Medical and sanitary report of the native army of Madras for the year
Year: 1872
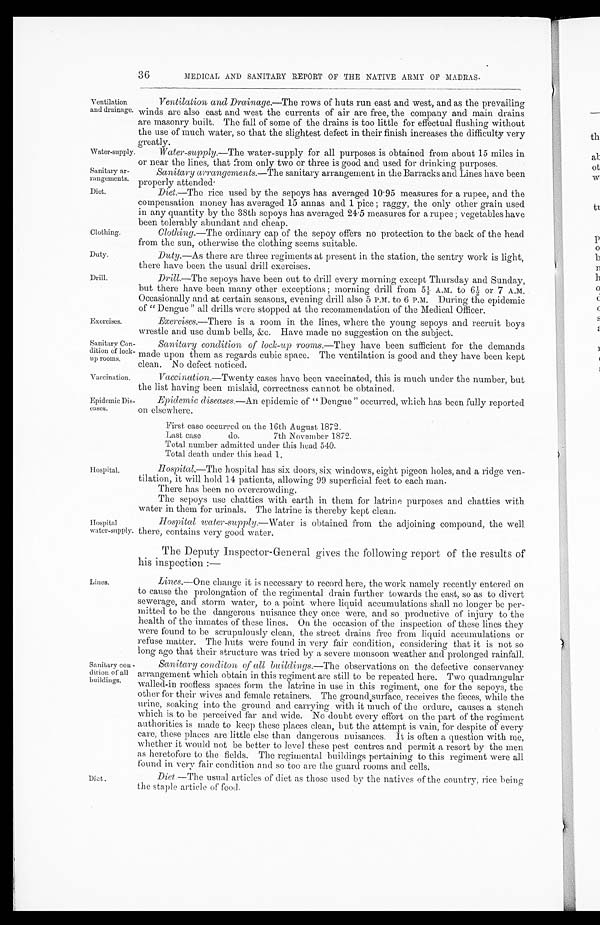
Water-supply.
Sanitary ar
-rangements.
Diet.
Clothing.
Duty.
Drill.
MEDICAL AND SANITARY REPORT OF THE NATIVE ARMY OF MADRAS.
Ventilation
and drainage.
Ventilation and Drainage .—The rows of huts run east and west, and as the prevailing
winds are also east and west the currents of air are free, the company and main drains
are masonry built. The fall of some of the drains is too little for effectual flushing without
the use of much water, so that the slightest defect in their finish increases the difficulty very
greatly.
Water-supply .—The water-supply for all purposes is obtained from about 15 miles in
or near the lines, that from only two or three is good and used for drinking purposes.
Sanitary arrangements .—The sanitary arrangement in the Barracks and Lines have been
Properly attended.
Diet.—The rice used by the sepoys has averaged 10.95 measures for a rupee, and the
compensation money has averaged 15 annas and 1 pice ; raggy, the only other grain used
in any quantity by the 38th sepoys has averaged 24.5 measures for a rupee ; vegetables have
been tolerably abundant and cheap.
Exercises.
Clothing .—The ordinary cap of the sepoy offers no protection to the back of the head
from the sun, otherwise the clothing seems suitable.
Duty .—As there are three regiments at present in the station, the sentry work is light,
there have been the usual drill exercises.
Drill.—The sepoys have been out to drill every morning except Thursday and Sunday,
but there have been many other exceptions; morning drill from 5½ A.M. to 6½ or 7 A.M.
Occasionally and at certain seasons, evening drill also 5 P.M. to 6 P.M. During the epidemic
of "Dengue" all drills were stopped at the recommendation of the Medical Officer.
Exercises .—There is a room in the lines, where the young sepoys and recruit boys
wrestle and use dumb bells, &c. Have made no suggestion on the subject.
Sanitary Con
-dition of lock
- u p r o o m s .
Vaccin ation.
Epidemic Dis-
eases.
Hospital.
Hospital
water-supply.
Lines.
Sanitary con
-
dition of all
buildings.
Sanitary condition of lock-up rooms .—They have been sufficient for the demands
made upon them as regards cubic space. The ventilation is good and they have been kept
clean. No defect noticed.
Vaccination.—Twenty cases have been vaccinated, this is much under the number, but
the list having been mislaid, correctness cannot be obtained.
Epidemic diseases .—An epidemic of "Dengue" occurred, which has been fully reported
on elsewhere.
First case occurred on the 16th August 1872.
Last case do. 7th November 1872.
Total number admitted under this head 540.
T o t a l d e a t h u n d e r t h i s h e a d 1 .
Hospital.—The hospital has six doors, six windows, eight pigeon holes, and a ridge ven
-
tilation, it will hold 14 patients, allowing. 99 superficial feet to each man.
There has been no overcrowding,
The sepoys use chatties with earth in them for latrine purposes and chatties with
water in them for urinals. The latrine is thereby kept clean.
Hospital water-supply .—Water is obtained from the adjoining compound, the well.
there, contains very good water.
The Deputy Inspector-General gives the following report of the results of
his inspection :—
Lines .—One change it is necessary to record here, the work namely recently entered on
to cause the prolongation of the regimental drain further towards the east, so as to divert
sewerage, and storm water, to a point where liquid accumulations shall no longer be per
-
mitted to be the dangerous nuisance they once were, and so productive of' injury to the
health of the inmates of these lines. On the occasion of the inspection of these lines they
were found to be scrupulously clean, the street drains free from liquid accumulations or
refuse matter. The huts were found in very fair condition, considering that it is not so
long ago that their structure was tried by a severe monsoon weather and prolonged rainfall.
Sanitary conditon of all buildings .—The observations on the defective conservancy
arrangement which obtain in this regiment are still to be repeated here. Two quadrangular
walled-in roofless spaces form the latrine in use in this regiment, one for the sepoys, the
other for their wives and female retainers. The ground surface, receives the fæeces, while the
urine, soaking into the ground and carrying with it much of the ordure, causes a stench
which is to be perceived far and wide. No doubt every effort on the part of the regiment
authorities is made to keep these places clean, but the attempt is vain, for despite of every
care, these places are little else than dangerous nuisances. It is often a question with me,
whether it would not be better to level these pest centres and permit a resort by the men
as heretofore to the fields. The regimental buildings pertaining to this regiment were all
found in very fair condition and so too are the guard rooms and cells.
Diet.
Diet.— The usual articles of diet as those used by the natives of the country, rice being
the staple article of food.